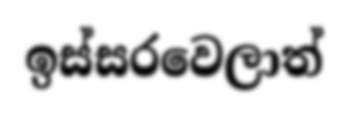
ඉස්සරවෙලාත්